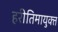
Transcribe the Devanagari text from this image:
हरीतिमायुक्‍त